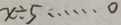
x \div 5 \cdots 0